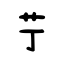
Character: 艼